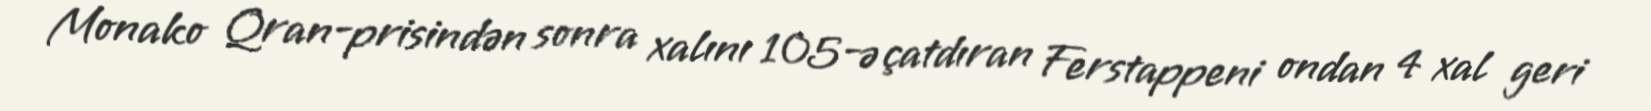
Monako Qran-prisindən sonra xalını 105-ə çatdıran Ferstappeni ondan 4 xal geri